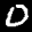
Label: 0